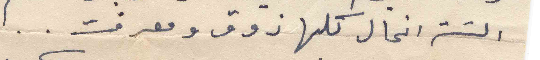
الست انجال كلها ذوق ومعرفت ..